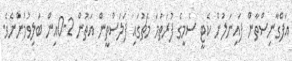
އަފްގާނިސްތާން ފައިނަލުން ކެޓީ ސެމީގެ ފުރަތަމަ މެޗުގައި ފަލަސްތީން އަތުން 2-0އިން ބަލިވުމުންނެވެ.